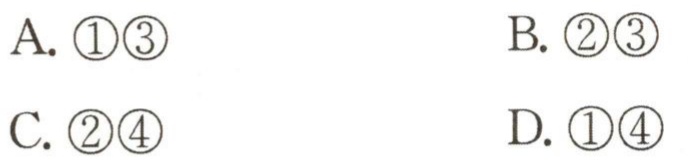
A. \textcircled{1}\textcircled{3}  B. \textcircled{2}\textcircled{3}
C. \textcircled{2}\textcircled{4}  D. \textcircled{1}\textcircled{4}